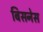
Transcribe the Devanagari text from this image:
बिसनेस